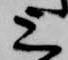
上